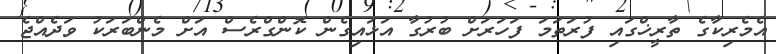
އެމެރިކާގެ ތާރީޚްގައި ފުރަތަމަ ފަހަރަށް ބުރުގާ އަޅައިގެން ކޮންގްރެސް އަށް މެންބަރަކު ވަދެއްޖެ